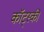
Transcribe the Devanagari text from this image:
कॉट्स्की